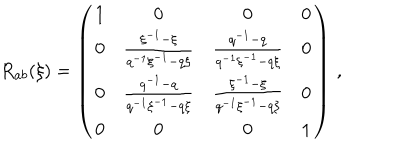
R _ { a b } ( \xi ) = \left( \begin{array} { c c c c } { { 1 } } & { { 0 } } & { { 0 } } & { { 0 } } \\ { { 0 } } & { { \frac { \xi ^ { - 1 } - \xi } { q ^ { - 1 } \xi ^ { - 1 } - q \xi } } } & { { \frac { q ^ { - 1 } - q } { q ^ { - 1 } \xi ^ { - 1 } - q \xi } } } & { { 0 } } \\ { { 0 } } & { { \frac { q ^ { - 1 } - q } { q ^ { - 1 } \xi ^ { - 1 } - q \xi } } } & { { \frac { \xi ^ { - 1 } - \xi } { q ^ { - 1 } \xi ^ { - 1 } - q \xi } } } & { { 0 } } \\ { { 0 } } & { { 0 } } & { { 0 } } & { { 1 } } \\ \end{array} \right) \, ,